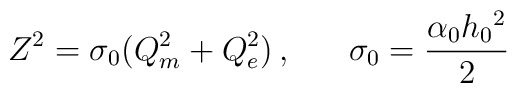
Z^2 =  \sigma_0(Q_m^2 + Q_e^2)  \, , \;\;\;\; \; \;\sigma_0 = \frac{\alpha_0 h_0{}^2}{2}